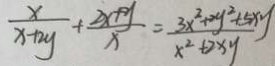
\frac { x } { x + 2 y } + \frac { 2 x + y } { x } = \frac { 3 x ^ { 2 } + 2 y ^ { 2 } + 5 x y } { x ^ { 2 } + 2 x y }